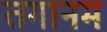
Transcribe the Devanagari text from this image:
तगानम